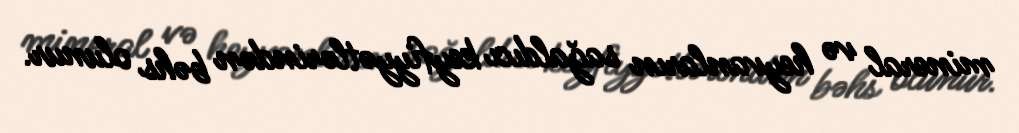
mineral və heyvanların sağaldıcı keyfiyyətlərindən bəhs olunur.